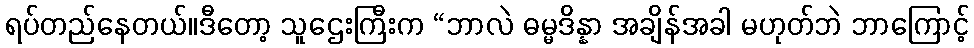
ရပ်တည်နေတယ်။ဒီတော့ သူဌေးကြီးက “ဘာလဲ ဓမ္မဒိန္နာ အချိန်အခါ မဟုတ်ဘဲ ဘာကြောင့်